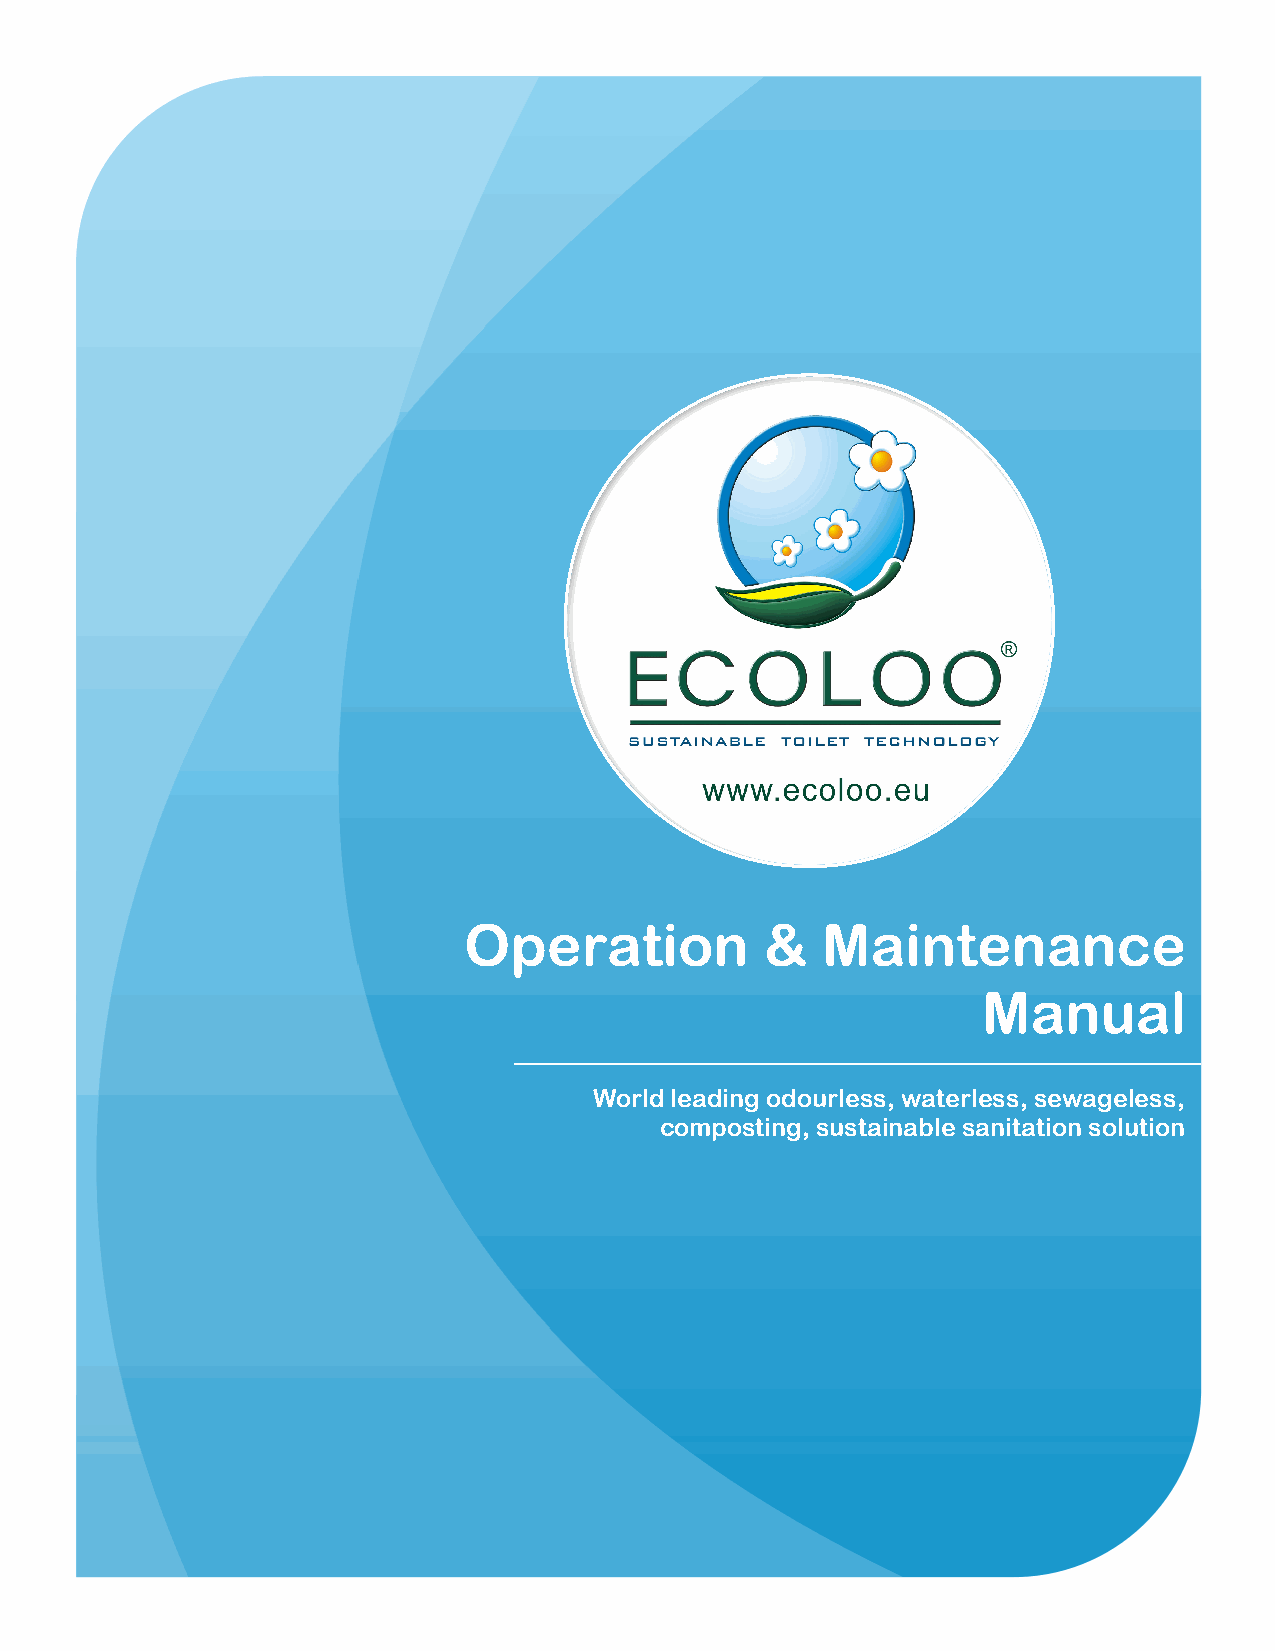
Operation           &  Maintenance
 Manual
 World leading odourless, waterless, sewageless,
 composting, sustainable sanitation solution